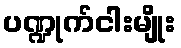
ပဏ္ဍုက်ငါးမျိုး